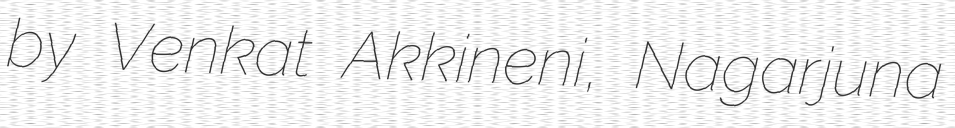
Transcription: by Venkat Akkineni, Nagarjuna